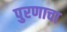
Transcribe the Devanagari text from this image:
पुरणाचा